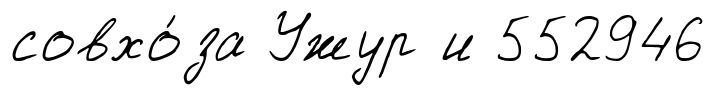
совхо́за Ужур и 552946